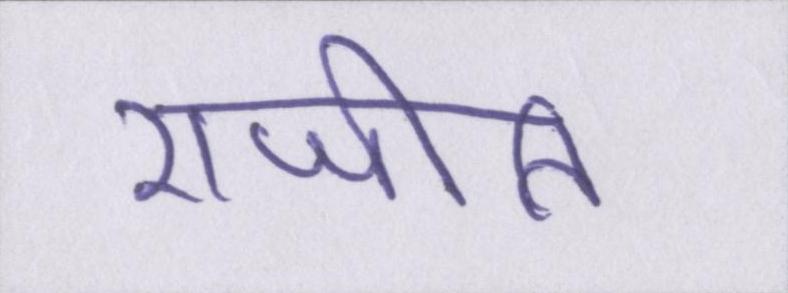
राजीति